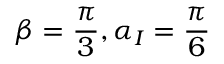
\beta = \frac { \pi } { 3 } , \alpha _ { I } = \frac { \pi } { 6 }